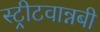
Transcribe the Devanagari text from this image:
स्ट्रीटवान्नबी